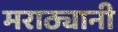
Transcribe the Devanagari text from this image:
मराठ्यानी